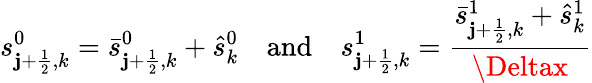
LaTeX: {s}_{\mathbf{j}+\frac{{1}}{{2}},k}^{0}=\bar{{s}}_{\mathbf{j}+\frac{{1}}{{2}},k}^{0}+\hat{{s}}_{k}^{0}\quad\mathrm{{and}}\quad{s}_{\mathbf{j}+\frac{{1}}{{2}},k}^{1}=\frac{{\bar{{s}}_{\mathbf{j}+\frac{{1}}{{2}},k}^{1}+\hat{{s}}_{k}^{1}}}{{\Deltax}}